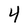
Character: 4